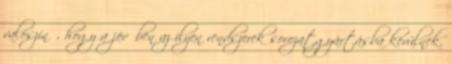
valószínű, hogy a jövőben az ilyen rendszerek sorozatgyártásba kerülnek.